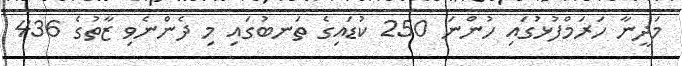
މަދީނާ ހަރަމްފުޅުގައި ހުންނަ 250 ކުޑައިގެ ތަނބުގައި މި ދެންނެވި ޒާތުގެ 436